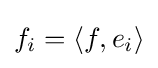
f_{i}=\langle f,e_{i}\rangle